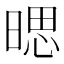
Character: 𱢔